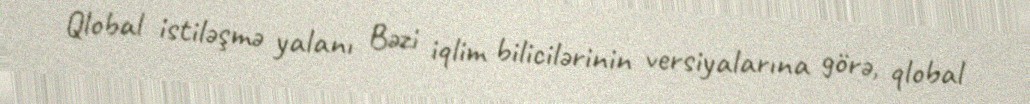
Qlobal istiləşmə yalanı Bəzi iqlim bilicilərinin versiyalarına görə, qlobal